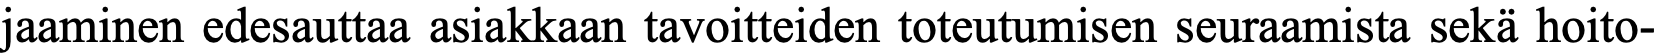
jaaminen edesauttaa asiakkaan tavoitteiden toteutumisen seuraamista sekä hoito-